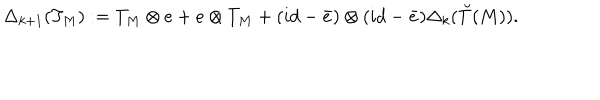
\Delta _ { k + 1 } ( T _ { M } ) : = T _ { M } \otimes e + e \otimes T _ { M } + ( i d - \bar { e } ) \otimes ( i d - \bar { e } ) \Delta _ { k } ( \breve { T } ( M ) ) .